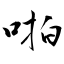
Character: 啪